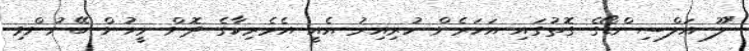
"ލޫ އަލްސިންޑޯގެ ގޮތުގައި އަހަރެން ހުރިއިރު އެއީ އެމެރިކާގެ ދޮން މީހުން ބޭނުންވި